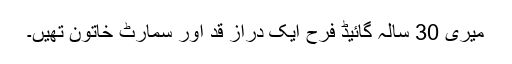
میری 30 سالہ گائیڈ فرح ایک دراز قد اور سمارٹ خاتون تھیں۔